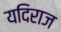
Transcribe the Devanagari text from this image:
यदिराज